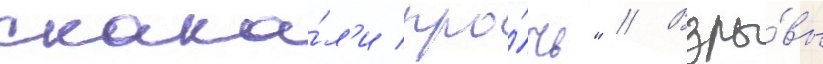
скака́л'и про́чь" // Взры́вы